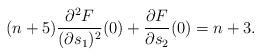
LaTeX: \begin{align*}(n+5)\frac{\partial^2 F}{(\partial s_1)^2}(0)+\frac{\partial F}{\partial s_2}(0)=n+3.\end{align*}